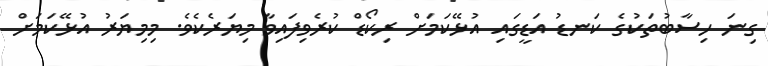
ގިނަ ހިސާބުތަކުގެ ކަނޑު އަޑީގައި އުޅޭކަަަމަށް ރިކޯޑް ކުރެވިފައިވާ މިޔަރެކެވެ. މިމިޔަރު އުޅޭކަމަށް